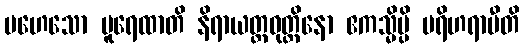
မဟေသော ပူရေထာတိ နိရာယတ္တဝုတ္တိနော ဧကသ္မိမ္ပိ ပရိဟရာမီတိ